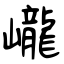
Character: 巄